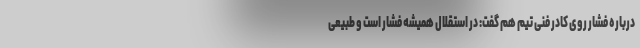
درباره فشار روی کادر فنی تیم هم گفت: در استقلال همیشه فشار است و طبیعی